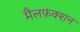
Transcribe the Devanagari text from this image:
मैलफ़ंक्शन